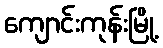
ကျောင်းကုန်းမြို့